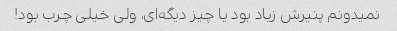
نمیدونم پنیرش زیاد بود یا چیز دیگه‌ای، ولی خیلی چرب بود!